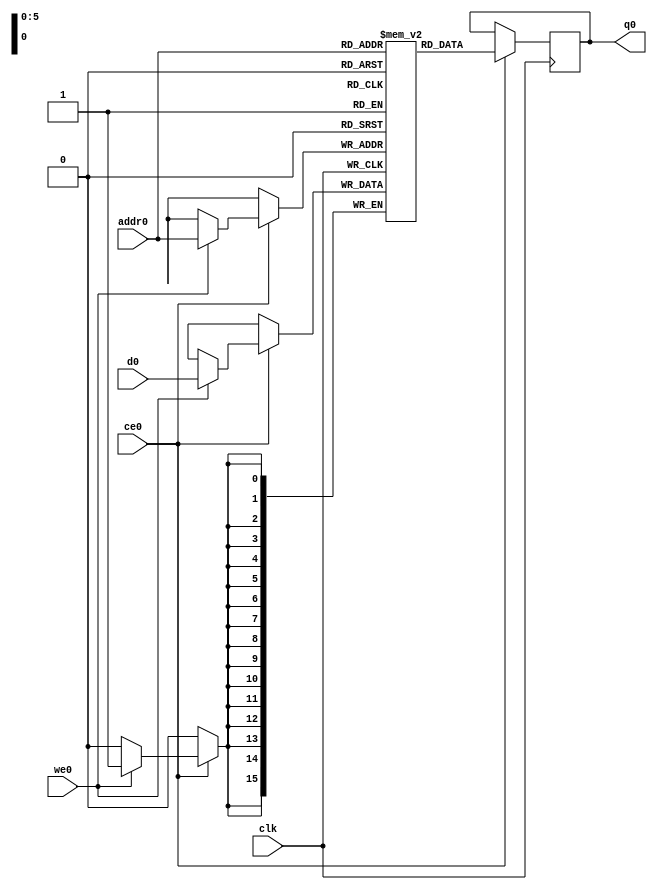
// ==============================================================
// Vitis HLS - High-Level Synthesis from C, C++ and OpenCL v2020.1 (64-bit)
// Copyright 1986-2020 Xilinx, Inc. All Rights Reserved.
// ==============================================================
`timescale 1 ns / 1 ps
module process_element_L5_output_fmap_V_ram (addr0, ce0, d0, we0, q0,  clk);

parameter DWIDTH = 16;
parameter AWIDTH = 6;
parameter MEM_SIZE = 64;

input[AWIDTH-1:0] addr0;
input ce0;
input[DWIDTH-1:0] d0;
input we0;
output reg[DWIDTH-1:0] q0;
input clk;

(* ram_style = "block" *)reg [DWIDTH-1:0] ram[0:MEM_SIZE-1];




always @(posedge clk)  
begin 
    if (ce0) begin
        if (we0) 
            ram[addr0] <= d0; 
        q0 <= ram[addr0];
    end
end


endmodule

`timescale 1 ns / 1 ps
module process_element_L5_output_fmap_V(
    reset,
    clk,
    address0,
    ce0,
    we0,
    d0,
    q0);

parameter DataWidth = 32'd16;
parameter AddressRange = 32'd64;
parameter AddressWidth = 32'd6;
input reset;
input clk;
input[AddressWidth - 1:0] address0;
input ce0;
input we0;
input[DataWidth - 1:0] d0;
output[DataWidth - 1:0] q0;



process_element_L5_output_fmap_V_ram process_element_L5_output_fmap_V_ram_U(
    .clk( clk ),
    .addr0( address0 ),
    .ce0( ce0 ),
    .we0( we0 ),
    .d0( d0 ),
    .q0( q0 ));

endmodule